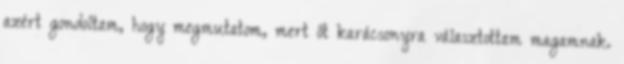
azért gondoltam, hogy megmutatom, mert őt karácsonyra választottam magamnak.